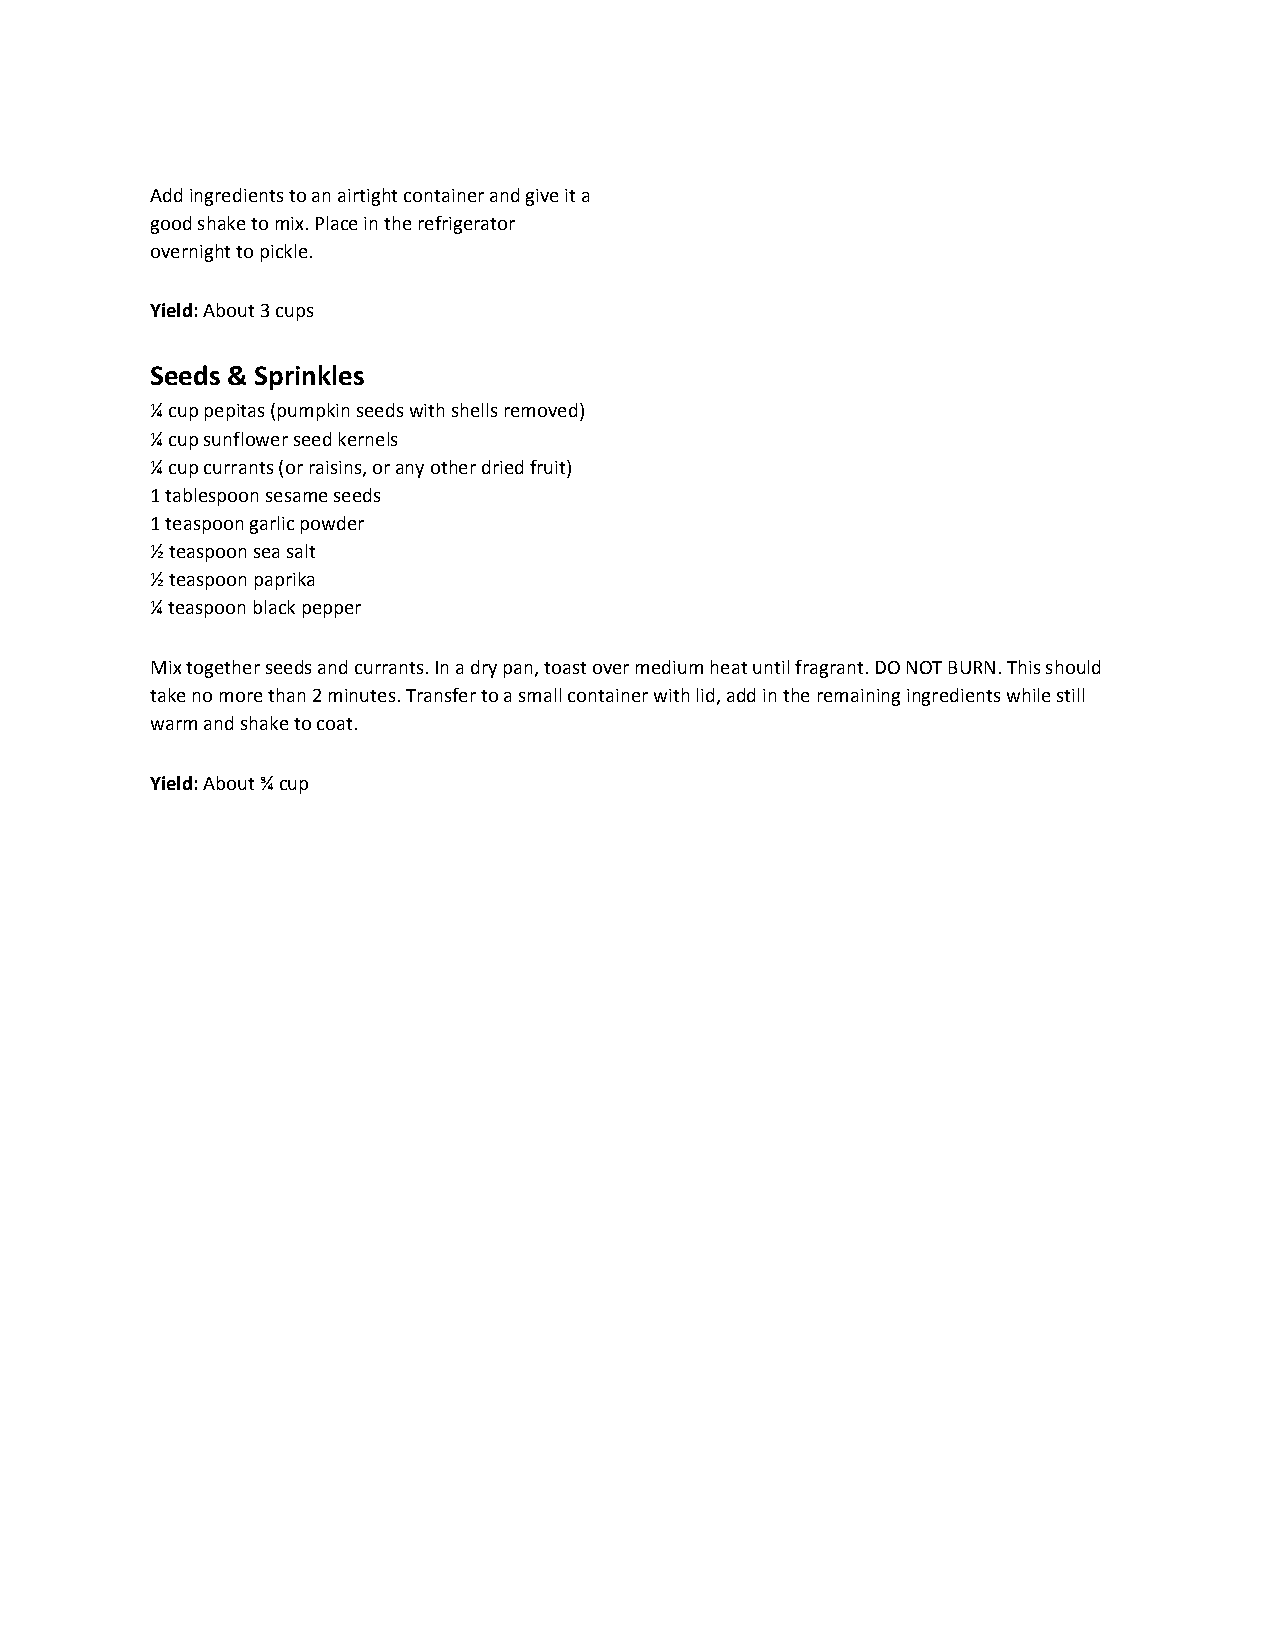
Add ingredients to an airtight container and give it a
 good shake to mix. Place in the refrigerator
 overnight to pickle.
 Yield: About 3 cups
 ​
 Seeds & Sprinkles
 ¼ cup pepitas (pumpkin seeds with shells removed)
 ¼ cup sunflower seed kernels
 ¼ cup currants (or raisins, or any other dried fruit)
 1 tablespoon sesame seeds
 1 teaspoon garlic powder
 ½ teaspoon sea salt
 ½ teaspoon paprika
 ¼ teaspoon black pepper
 Mix together seeds and currants. In a dry pan, toast over medium heat until fragrant. DO NOT BURN. This should
 take no more than 2 minutes. Transfer to a small container with lid, add in the remaining ingredients while still
 warm and shake to coat.
 Yield: About ¾ cup
 ​